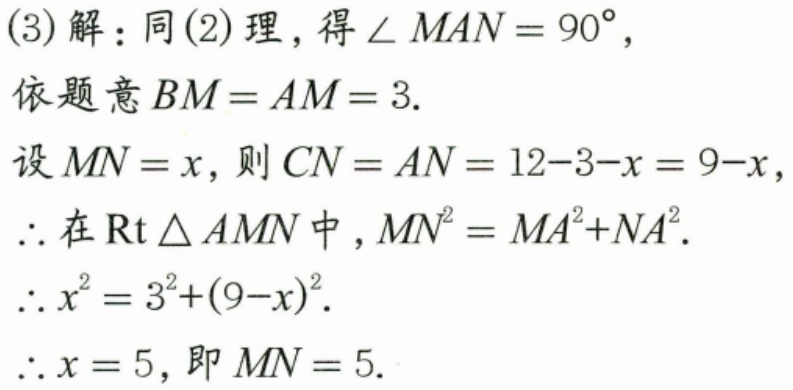
(3)解：同(2)理，得\(\angle MAN = 90^{\circ}\)，
依题意\(BM = AM = 3\).
设\(MN = x\)，则\(CN = AN = 12 - 3 - x = 9 - x\)，
\(\therefore\)在\(\text{Rt}\triangle AMN\)中，\(MN^{2}=MA^{2}+NA^{2}\).
\(\therefore x^{2}=3^{2}+(9 - x)^{2}\).
\(\therefore x = 5\)，即\(MN = 5\).